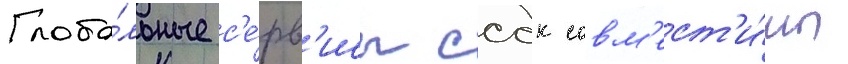
Глоба́льные с'е́рв'исы ссдк совм'ест'и́мы